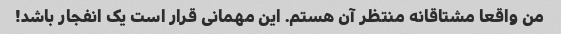
من واقعا مشتاقانه منتظر آن هستم. این مهمانی قرار است یک انفجار باشد!